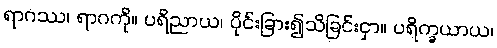
ရာဂဿ၊ ရာဂကို။ ပရိညာယ၊ ပိုင်းခြား၍သိခြင်းငှာ။ ပရိက္ခယာယ၊